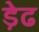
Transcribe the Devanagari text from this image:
ड़ेढ